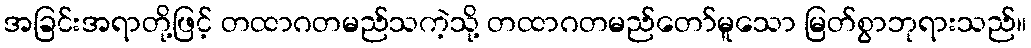
အခြင်းအရာတို့ဖြင့် တထာဂတမည်သကဲ့သို့ တထာဂတမည်တော်မူသော မြတ်စွာဘုရားသည်။